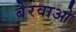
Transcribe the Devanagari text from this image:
बैरवाओ